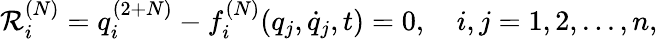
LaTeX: \mathcal{R}_{i}^{(N)}={q}_{i}^{(2+N)}-f_{i}^{(N)}(q_{j},\dot{q}_{j},t)=0,\quad i,j=1,2,...,n,